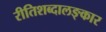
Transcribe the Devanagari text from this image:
रीतिशब्दालङ्कार